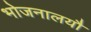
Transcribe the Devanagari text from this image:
भोजनालयौ